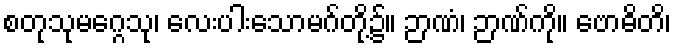
စတုသုမဂ္ဂေသု၊ လေးပါးသောမဂ်တို့၌။ ဉာဏံ၊ ဉာဏ်ကို။ ဗောဓိတိ၊